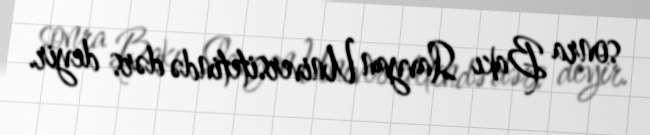
sonra Bakı Slavyan Universitetində dərs deyir.